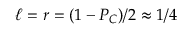
\ell = r = ( 1 - P _ { C } ) / 2 \approx 1 / 4